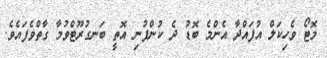
މޮޓޯ ވެހިކަލް އުފައްދާ އެންމެ ބޮޑު ދެ ކުންފުނި އޮތީ ބަނގުރޫޓްވުމާ ގާތްވެފައެވެ.